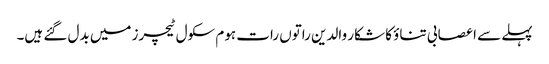
پہلے سے اعصابی تناؤ کا شکار والدین راتوں رات ہوم سکول ٹیچرز میں بدل گئے ہیں۔